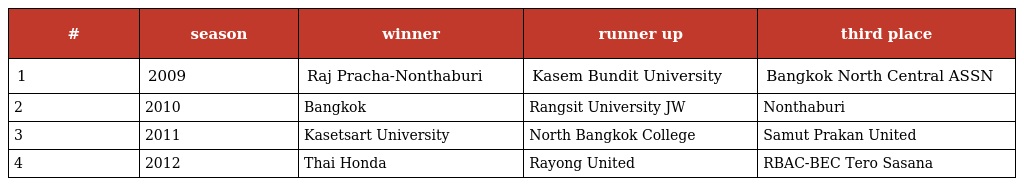
| # | season | winner | runner up | third place |
 | --- | --- | --- | --- | --- |
 | 1 | 2009 | Raj Pracha-Nonthaburi | Kasem Bundit University | Bangkok North Central ASSN |
 | 2 | 2010 | Bangkok | Rangsit University JW | Nonthaburi |
 | 3 | 2011 | Kasetsart University | North Bangkok College | Samut Prakan United |
 | 4 | 2012 | Thai Honda | Rayong United | RBAC-BEC Tero Sasana |